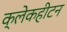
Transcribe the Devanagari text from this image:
क्लेकहीटन